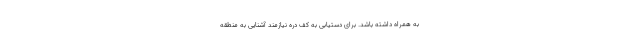
به همراه داشته باشد. برای دستیابی به کف دره نیازمند آشنایی به منطقه